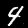
Digit: 4